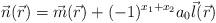
LaTeX: \begin{align*}{\vec n}({\vec r}) = {\vec m} ({\vec r}) + (-1)^{x_1 +x_2} a_{0} {\vec l}({\vec r})\end{align*}